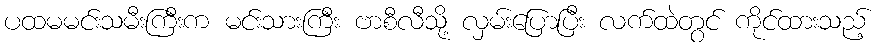
ပထမမင်းသမီးကြီးက မင်းသားကြီး ဗာစီလီသို့ လှမ်းပြောပြီး လက်ထဲတွင် ကိုင်ထားသည့်